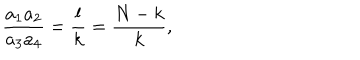
\frac { a _ { 1 } a _ { 2 } } { a _ { 3 } a _ { 4 } } = \frac { l } { k } = \frac { N - k } { k } ,